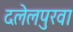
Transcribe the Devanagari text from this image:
दलेलपुरवा